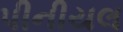
પીનીયલ